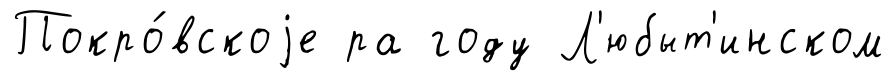
Покро́вскоjе ра году Л'юбыт'инском